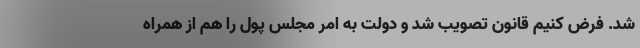
شد. فرض کنیم قانون تصویب شد و دولت به امر مجلس پول را هم از همراه